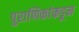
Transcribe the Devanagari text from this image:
पुराणिकांकडून